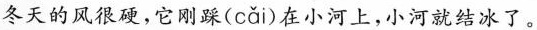
冬天的风很硬，它刚踩( cǎi )在小河上，小河就结冰了。